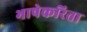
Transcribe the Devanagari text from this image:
भाषेकरिता